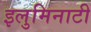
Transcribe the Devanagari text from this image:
इलुमिनाटी